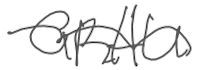
Text: GRAU
Cross-out: wave
Writing tool: digital_gray